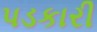
પડકારી